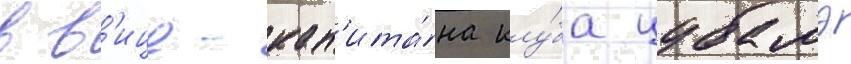
в в'ице-кап'ита́на клу́ба цубамэ